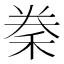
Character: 䅈